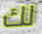
لك